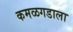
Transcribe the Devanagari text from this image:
कमळगडाला